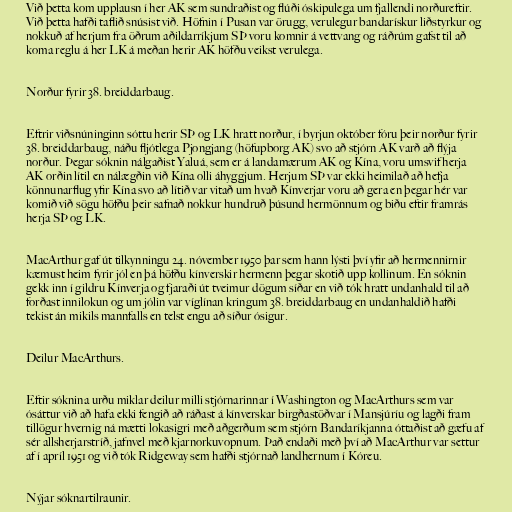
Við þetta kom upplausn í her AK sem sundraðist og flúði óskipulega um fjallendi norðureftir.
Við þetta hafði taflið snúsist við. Höfnin í Pusan var örugg, verulegur bandarískur liðstyrkur og
nokkuð af herjum fra öðrum aðildarríkjum SÞ voru komnir á vettvang og ráðrúm gafst til að
koma reglu á her LK á meðan herir AK höfðu veikst verulega.

Norður fyrir 38. breiddarbaug.

Eftrir viðsnúninginn sóttu herir SÞ og LK hratt norður, í byrjun október fóru þeir norður fyrir
38. breiddarbaug, náðu fljótlega Pjongjang (höfupborg AK) svo að stjórn AK varð að flýja
norður. Þegar sóknin nálgaðist Yaluá, sem er á landamærum AK og Kína, voru umsvif herja
AK orðin lítil en nálægðin við Kína olli áhyggjum. Herjum SÞ var ekki heimilað að hefja
könnunarflug yfir Kína svo að lítið var vitað um hvað Kínverjar voru að gera en þegar hér var
komið við sögu höfðu þeir safnað nokkur hundruð þúsund hermönnum og biðu eftir framrás
herja SÞ og LK.

MacArthur gaf út tilkynningu 24. nóvember 1950 þar sem hann lýsti því yfir að hermennirnir
kæmust heim fyrir jól en þá höfðu kínverskir hermenn þegar skotið upp kollinum. En sóknin
gekk inn í gildru Kínverja og fjaraði út tveimur dögum síðar en við tók hratt undanhald til að
forðast innilokun og um jólin var víglínan kringum 38. breiddarbaug en undanhaldið hafði
tekist án mikils mannfalls en telst engu að síður ósigur.

Deilur MacArthurs.

Eftir sóknina urðu miklar deilur milli stjórnarinnar í Washington og MacArthurs sem var
ósáttur við að hafa ekki fengið að ráðast á kínverskar birgðastöðvar í Mansjúríu og lagði fram
tillögur hvernig ná mætti lokasigri með aðgerðum sem stjórn Bandaríkjanna óttaðist að gæfu af
sér allsherjarstríð, jafnvel með kjarnorkuvopnum. Það endaði með því að MacArthur var settur
af í apríl 1951 og við tók Ridgeway sem hafði stjórnað landhernum í Kóreu.

Nýjar sóknartilraunir.